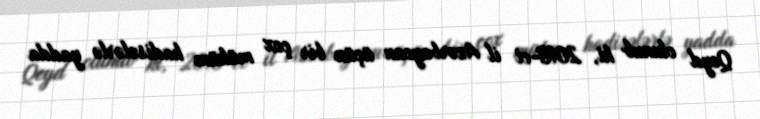
Qeyd olunub ki, 2018-ci il Azərbaycan üçün bir çox mühüm hadisələrlə yadda